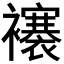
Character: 𧞼